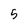
Character: 5